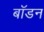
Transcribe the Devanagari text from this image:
बॉडन